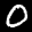
Label: 0